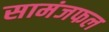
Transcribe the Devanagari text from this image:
सामंजफल